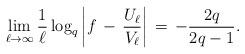
LaTeX: \begin{align*}\lim_{\ell \to \infty}\frac{1}{\ell} \log_{q} \left| f \, - \, \frac{U_{\ell}}{V_{\ell}} \right| \, = \, - \frac{2 q}{2q - 1} .\end{align*}